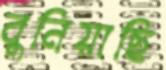
বুনিয়াছি